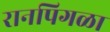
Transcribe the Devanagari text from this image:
रानपिगळा